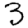
Digit: 3